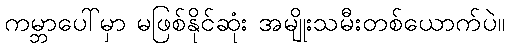
ကမ္ဘာပေါ်မှာ မဖြစ်နိုင်ဆုံး အမျိုးသမီးတစ်ယောက်ပဲ။